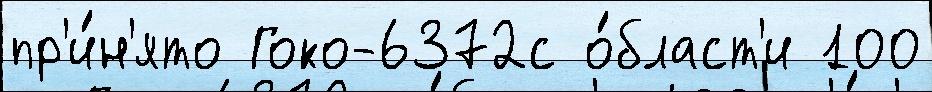
пр'и́н'ято Гоко-6372с о́бласт'и 100